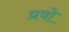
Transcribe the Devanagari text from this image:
प्रवो